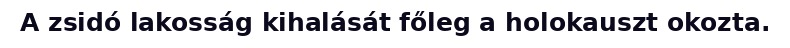
A zsidó lakosság kihalását főleg a holokauszt okozta.